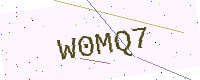
Text: W0MQ7